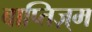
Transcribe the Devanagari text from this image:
बाप्तिज़्म